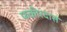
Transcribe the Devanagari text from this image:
फकीरदास